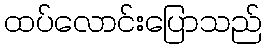
ထပ်လောင်းပြောသည်